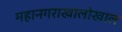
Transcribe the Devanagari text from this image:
महानगराखालोखाल